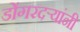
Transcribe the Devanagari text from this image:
डोंगरदऱ्यांनी